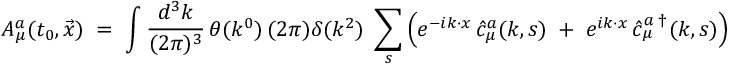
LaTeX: { \cal A } _ { \mu } ^ { a } ( t _ { 0 } , \vec { x } ) \; = \; \int \frac { d ^ { 3 } k } { ( 2 \pi ) ^ { 3 } } \, \theta ( k ^ { 0 } ) \, ( 2 \pi ) \delta ( k ^ { 2 } ) \; \sum _ { s } \left( e ^ { - i k \cdot x } \, \hat { c } _ { \mu } ^ { a } ( k , s ) \; + \; e ^ { i k \cdot x } \, \hat { c } _ { \mu } ^ { a \; \dagger } ( k , s ) \right)